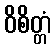
ဝိစိတ္တံ